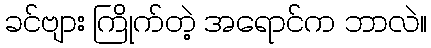
ခင်ဗျား ကြိုက်တဲ့ အရောင်က ဘာလဲ။